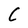
Character: C